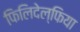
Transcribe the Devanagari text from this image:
फिलिदेल्फिया